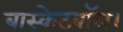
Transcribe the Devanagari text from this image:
बास्केटबॉल।